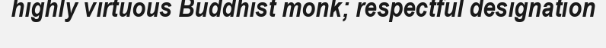
highly virtuous Buddhist monk; respectful designation